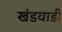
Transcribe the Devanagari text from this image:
खंडवाडी